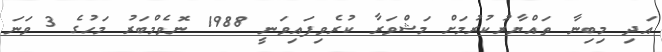
އަދި މިބިނާ ތައްޔާރުކުރުމަށް މަޝްވަރާ ކުރެވިފައިވަނީ 1988 ނޮވެމްބަރު މަހުގެ 3 ވަނަ